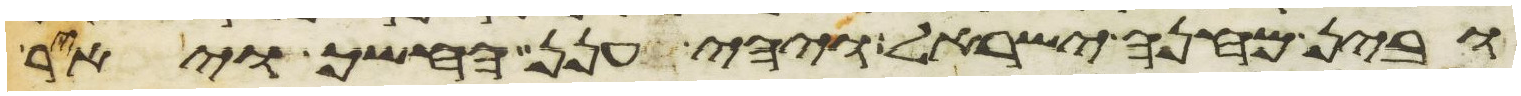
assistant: ובין מחנה ישראל ויהי הענן החשך ויאר